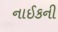
નાઈકની